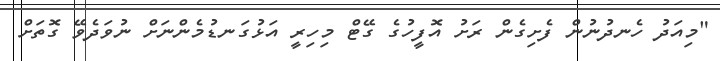
"މިއަދު ހެނދުނުން ފެށިގެން ރަށު އޮފީހުގެ ގޭޓް މިހިރީ އަޅުގަނޑުމެންނަށް ނުވަދެވޭ ގޮތަށް